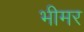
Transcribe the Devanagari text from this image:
भीमर